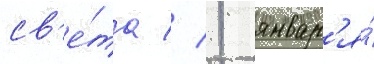
св'е́та // 1 январ'я́